Annual report of the Punjab Veterinary College and of the Civil Veterinary Department, Punjab - 1926-1932
Year: 1926
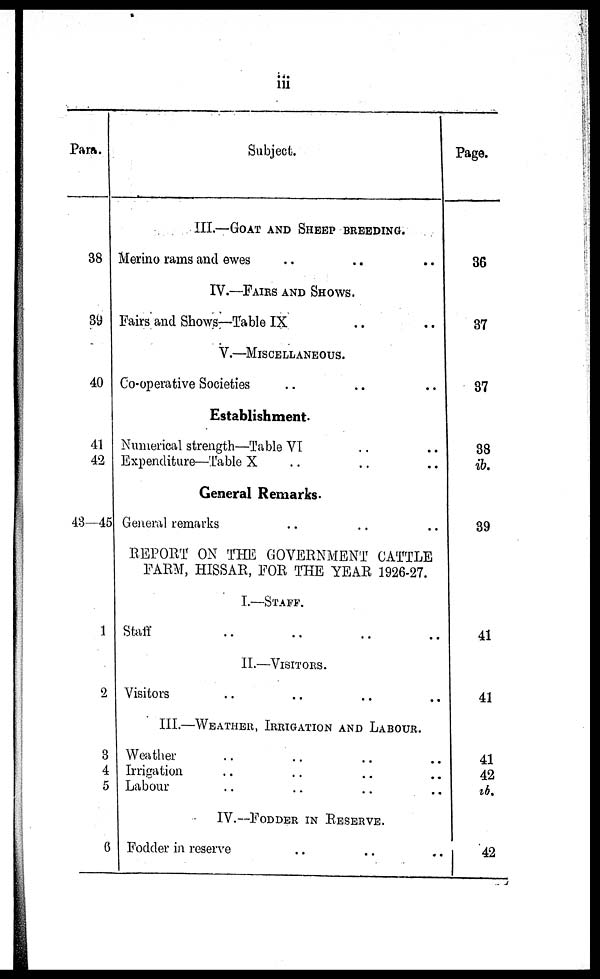
iii
Para.
38
39
40
41
42
43—45
1
2
3
4
5
6
Subject.
III.—GOAT AND SHEEP BREEDING.
Merino rams and ewes .. .. ..
IV.—FAIRS AND SHOWS.
Fairs and Shows—Table IX .. ..
V.—MISCELLANEOUS.
Co-operative Societies .. .. ..
Establishment.
Numerical strength—Table VI .. ..
Expenditure—Table X .. .. ..
General Remarks.
General remarks .. .. ..
REPORT ON THE GOVERNMENT CATTLE
FARM, HISSAR, FOR THE YEAR 1926-27.
I.—STAFF.
Staff .. .. .. ..
II.—VISITORS.
Visitors .. .. .. ..
III.—WEATHER, IRRIGATION AND LABOUR .
Weather .. .. .. ..
Irrigation .. .. .. ..
Labour .. .. .. ..
IV.—FODDER IN RESERVE .
Fodder in reserve .. .. ..
Page.
36
37
37
38
ib.
39
41
41
41
42
ib.
42